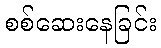
စစ်ဆေးနေခြင်း